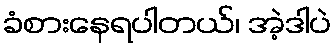
ခံစားနေရပါတယ်၊ အဲ့ဒါပဲ